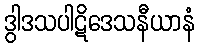
ဒွါဒသပါဋိဒေသနီယာနံ